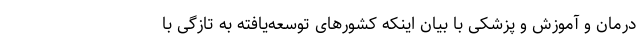
درمان و آموزش و پزشکی با بیان اینکه کشورهای توسعه‌یافته به تازگی با